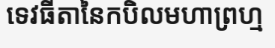
ទេវធីតានៃកបិលមហាព្រហ្ម